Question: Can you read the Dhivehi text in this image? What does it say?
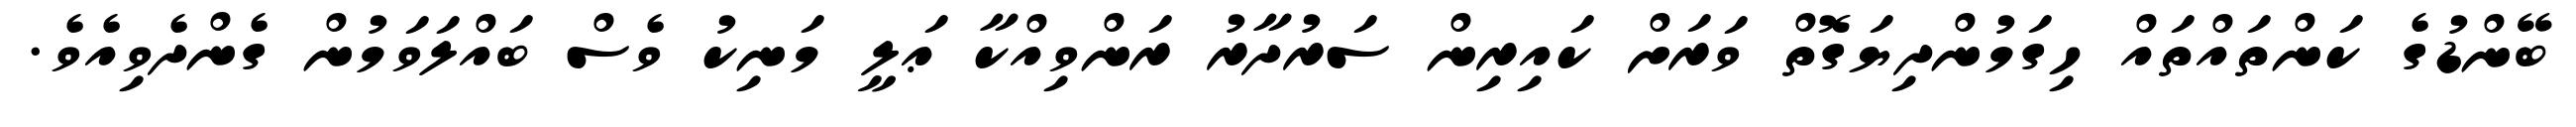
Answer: ބޭންޑުގެ ކަންތައްތައް ހިގަމުންދިޔަގޮތް ވަރަށް ކައިރިން ސަރުދާރު ރަންވިއްކާ ޢަލީ މަނިކު ވެސް ބައްލަވަމުން ގެންދެވިއެވެ.